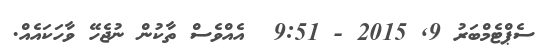
ސެޕްޓެމްބަރު 9